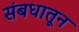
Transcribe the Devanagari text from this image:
संबधातून